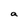
Character: a